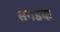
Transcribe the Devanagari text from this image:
संगडक